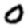
Digit: 0